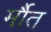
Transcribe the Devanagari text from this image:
र्मौत